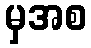
မှအစ